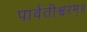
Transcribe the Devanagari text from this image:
पार्वतीश्वरम्॥